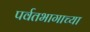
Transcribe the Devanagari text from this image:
पर्वतभागाच्या